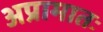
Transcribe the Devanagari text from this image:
अप्रामातः